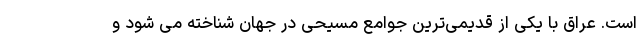
است. عراق با یکی از قدیمی‌ترین جوامع مسیحی در جهان شناخته می شود و